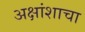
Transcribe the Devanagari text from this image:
अक्षांशाचा